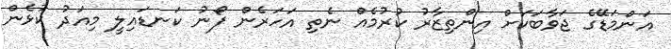
އަންމަޑޭގެ ޖަވާބަކަށް އިންތިޒާރު ކުރުމެއް ނެތި އަހަރެން ފޯނު ކަނޑައިލީ މިއަދު ކުޅެން